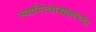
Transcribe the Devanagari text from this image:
स्वामित्वाखालच्या